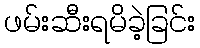
ဖမ်းဆီးရမိခဲ့ခြင်း